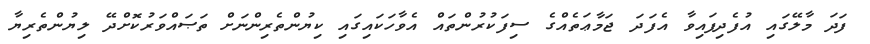
ފަދަ މާލޭގައި އުފެދިފައިވާ އެފަދަ ޖަމާޢަތެއްގެ ސިފަކުރުންތައް އެވާހަކައިގައި ކިޔުންތެރިންނަށް ތަޞައްވަރުކޮށްދޭ ލިޔުންތެރިޔާ